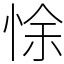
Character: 悇